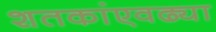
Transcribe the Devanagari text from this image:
शतकांएवढ्या